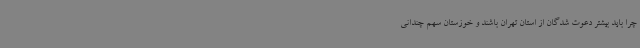
چرا باید بیشتر دعوت شدگان از استان تهران باشند و خوزستان سهم چندانی